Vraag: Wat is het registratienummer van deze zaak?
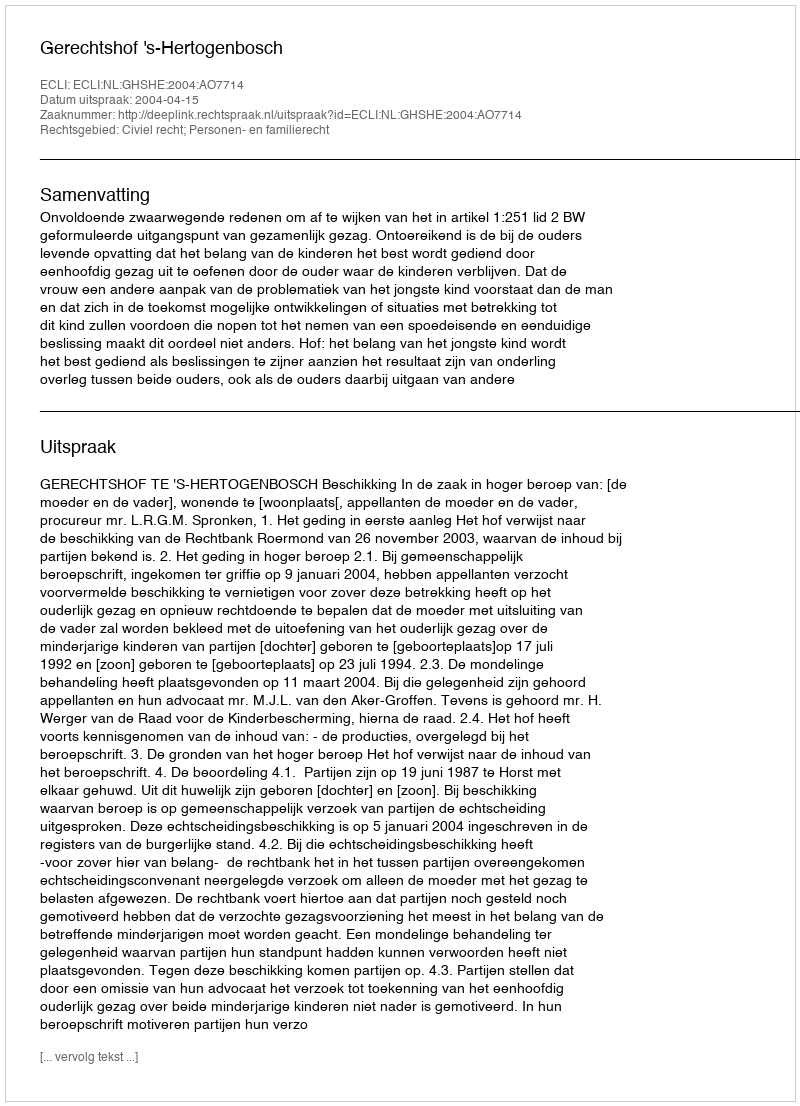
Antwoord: http://deeplink.rechtspraak.nl/uitspraak?id=ECLI:NL:GHSHE:2004:AO7714